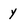
Character: y